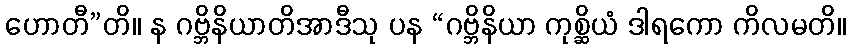
ဟောတီ”တိ။ န ဂဗ္ဘိနိယာတိအာဒီသု ပန “ဂဗ္ဘိနိယာ ကုစ္ဆိယံ ဒါရကော ကိလမတိ။